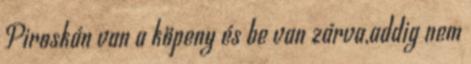
Piroskán van a köpeny és be van zárva,addig nem